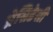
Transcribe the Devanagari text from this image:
प्रेसिडेसी